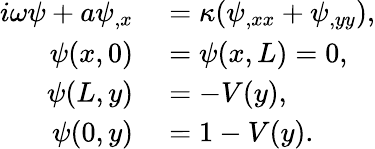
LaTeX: \begin{array}{rl}{i\omega\psi+a\psi_{,x}}&{{}=\kappa(\psi_{,xx}+\psi_{,yy}),}\\ {\psi(x,0)}&{{}=\psi(x,L)=0,}\\ {\psi(L,y)}&{{}=-V(y),}\\ {\psi(0,y)}&{{}=1-V(y).}\end{array}